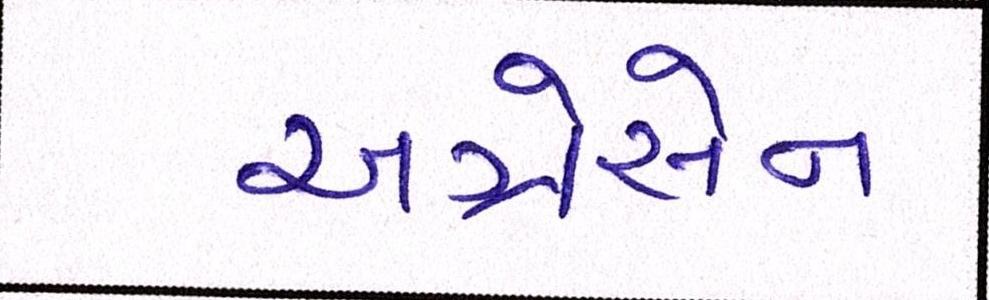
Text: અગ્રેસેન